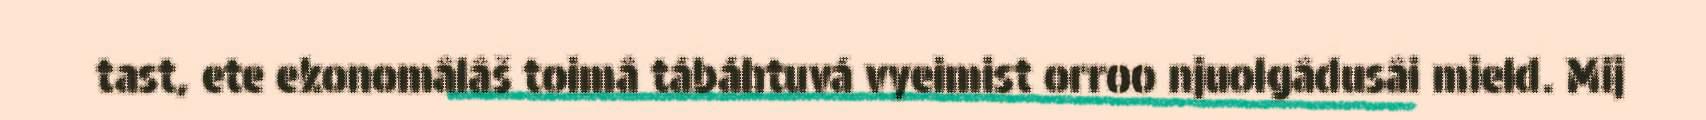
tast, ete ekonomâlâš toimâ tábáhtuvá vyeimist orroo njuolgâdusâi mield. Mij